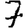
Digit: 7